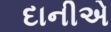
દાનીએ